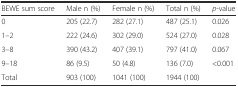
<table><thead><tr><td><b>BEWE sum score</b></td><td><b>Male n (%)</b></td><td><b>Female n (%)</b></td><td><b>Total n (%)</b></td><td><b><i>p</i>-value</b></td></tr></thead><tbody><tr><td>0</td><td>205 (22.7)</td><td>282 (27.1)</td><td>487 (25.1)</td><td>0.026</td></tr><tr><td>1–2</td><td>222 (24.6)</td><td>302 (29.0)</td><td>524 (27.0)</td><td>0.028</td></tr><tr><td>3–8</td><td>390 (43.2)</td><td>407 (39.1)</td><td>797 (41.0)</td><td>0.067</td></tr><tr><td>9–18</td><td>86 (9.5)</td><td>50 (4.8)</td><td>136 (7.0)</td><td>&lt;0.001</td></tr><tr><td>Total</td><td>903 (100)</td><td>1041 (100)</td><td>1944 (100)</td><td></td></tr></tbody></table>